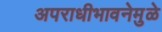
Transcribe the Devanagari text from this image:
अपराधीभावनेमुळे